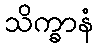
သိက္ခာနံ